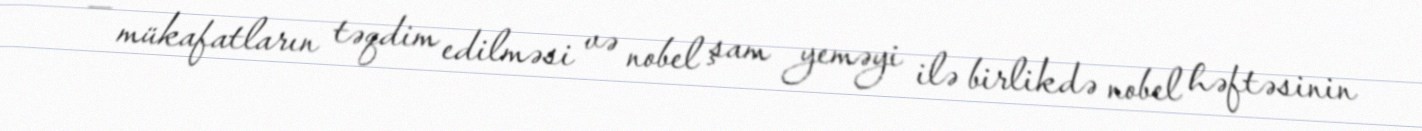
— mükafatların təqdim edilməsi və nobel şam yeməyi ilə birlikdə nobel həftəsinin